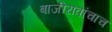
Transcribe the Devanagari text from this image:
बाजीरावांचाच